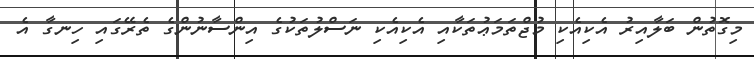
މިގޮތުން ބަލާއިރު އެކިއެކި މުޖްތަމަޢުތަކާއި އެކިއެކި ނަސްލުތަކުގެ އިންސާނުންގެ ތެރޭގައި ހިނގާ އެ